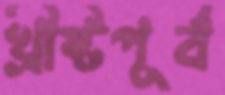
খ্রীষ্টপূর্ব